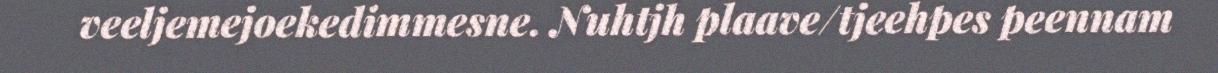
veeljemejoekedimmesne. Nuhtjh plaave/tjeehpes peennam